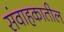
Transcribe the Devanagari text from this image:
संवाहकातील